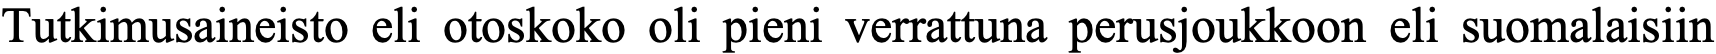
Tutkimusaineisto eli otoskoko oli pieni verrattuna perusjoukkoon eli suomalaisiin